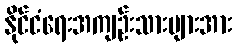
နိုင်ငံရေးအကျဉ်းသားများအား